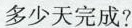
多少天完成?